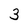
Character: 3